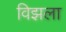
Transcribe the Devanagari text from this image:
विझला